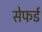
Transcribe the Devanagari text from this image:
सेफर्ड